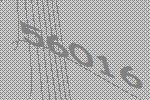
56016